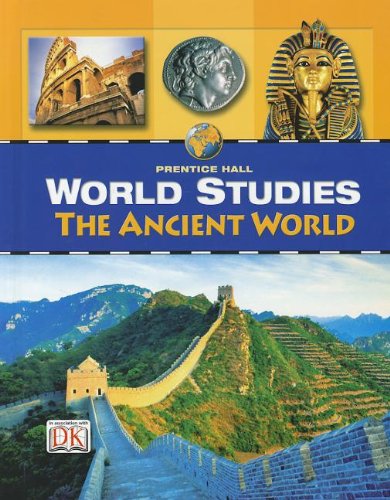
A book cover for WORLD STUDIES THE ANCIENT WORLD STUDENT EDITION; PRENTICE HALL; Teen & Young Adult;